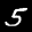
Label: 5